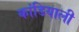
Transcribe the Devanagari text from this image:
कांडियाली